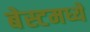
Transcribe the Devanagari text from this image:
बेस्टमध्ये